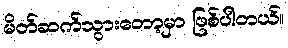
မိတ်ဆက်သွားတော့မှာ ဖြစ်ပါတယ်။